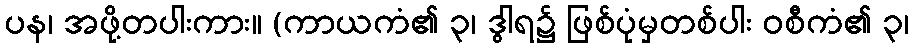
ပန၊ အဖို့တပါးကား။ (ကာယကံ၏ ၃၊ ဒွါရ၌ ဖြစ်ပုံမှတစ်ပါး ဝစီကံ၏ ၃၊